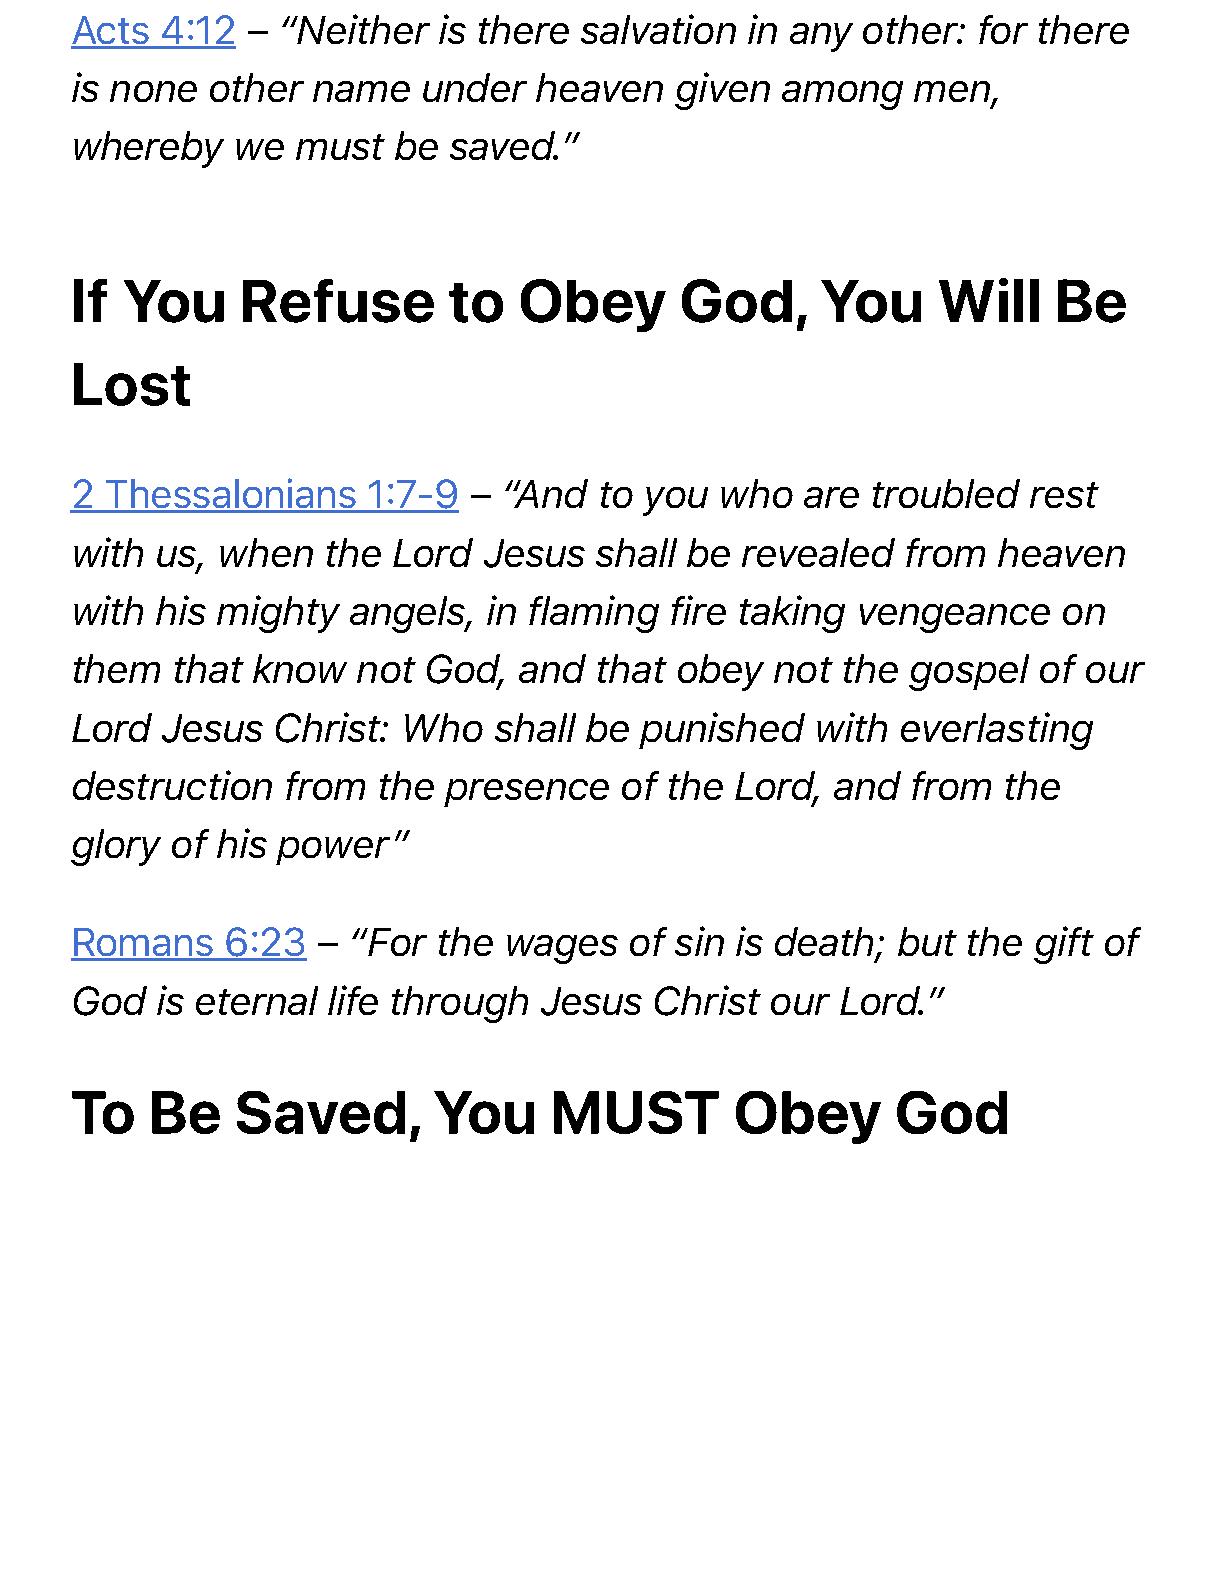
Acts  4:12 – “Neither   is there salvation  in any  other:  for there
 is none  other  name   under  heaven    given  among   men,
 whereby   we   must  be  saved.”
 If You     Refuse        to  Obey       God,     You     Will    Be
 Lost
 2 Thessalonians    1:7-9  – “And   to you  who  are  troubled  rest
 with us, when   the  Lord  Jesus  shall be  revealed   from  heaven
 with his mighty   angels,  in flaming  fire taking  vengeance    on
 them  that  know   not God,  and  that  obey  not  the gospel   of our
 Lord  Jesus  Christ:  Who   shall be punished    with  everlasting
 destruction   from  the presence    of the  Lord, and  from  the
 glory of his power”
 Romans    6:23  – “For  the wages    of sin is death; but  the gift of
 God  is eternal  life through  Jesus  Christ  our  Lord.”
 To   Be    Saved,       You    MUST         Obey      God